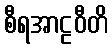
စီရအာဠဝီတိ